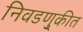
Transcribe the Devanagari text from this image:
निवडणु्कीत